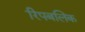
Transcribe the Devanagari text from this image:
रिपबलिक